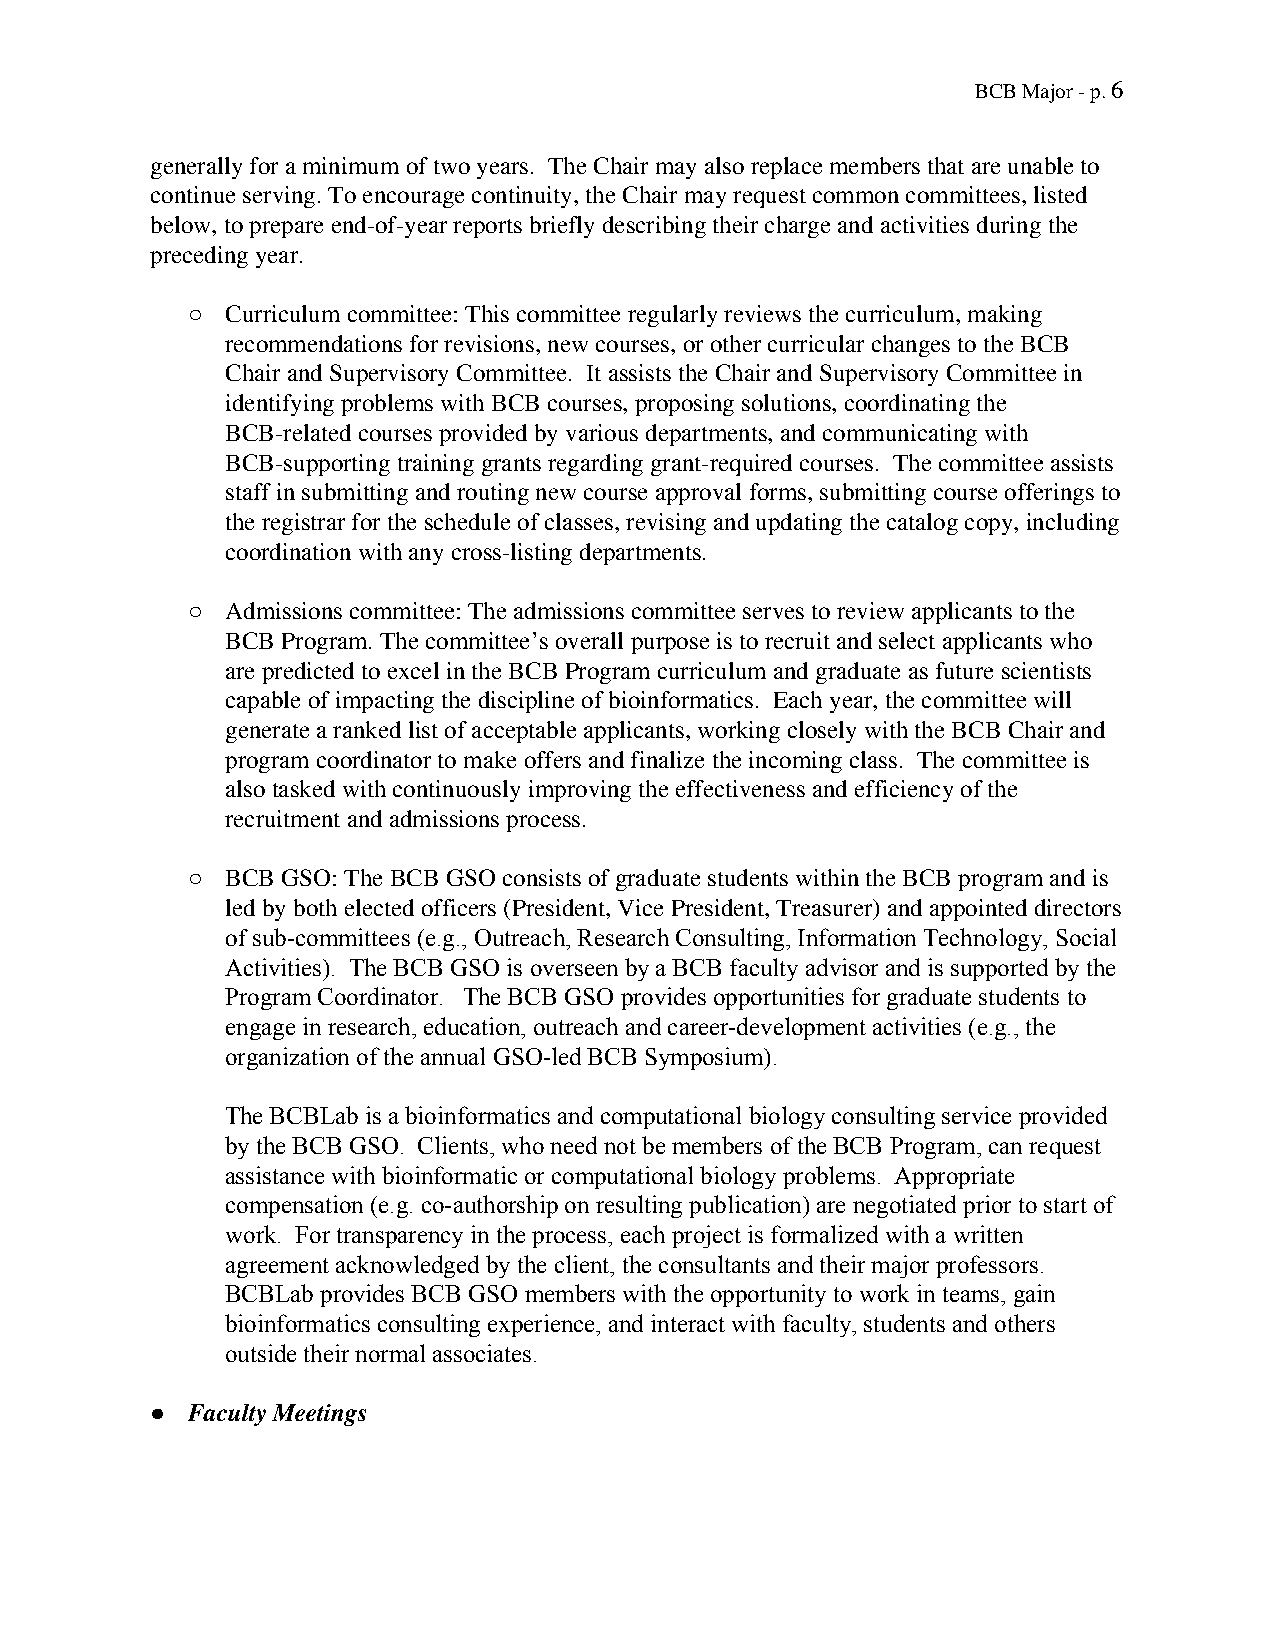
BCB Major - p. 6
 generally for a minimum of two years. The Chair may also replace members that are unable to
 continue serving. To encourage continuity, the Chair may request common committees, listed
 below, to prepare end-of-year reports briefly describing their charge and activities during the
 preceding year.
 ○  Curriculum committee: This committee regularly reviews the curriculum, making
 recommendations for revisions, new courses, or other curricular changes to the BCB
 Chair and Supervisory Committee. It assists the Chair and Supervisory Committee in
 identifying problems with BCB courses, proposing solutions, coordinating the
 BCB-related courses provided by various departments, and communicating with
 BCB-supporting training grants regarding grant-required courses. The committee assists
 staff in submitting and routing new course approval forms, submitting course offerings to
 the registrar for the schedule of classes, revising and updating the catalog copy, including
 coordination with any cross-listing departments.
 ○  Admissions committee: The admissions committee serves to review applicants to the
 BCB Program. The committee’s overall purpose is to recruit and select applicants who
 are predicted to excel in the BCB Program curriculum and graduate as future scientists
 capable of impacting the discipline of bioinformatics. Each year, the committee will
 generate a ranked list of acceptable applicants, working closely with the BCB Chair and
 program coordinator to make offers and finalize the incoming class. The committee is
 also tasked with continuously improving the effectiveness and efficiency of the
 recruitment and admissions process.
 ○  BCB GSO: The BCB GSO consists of graduate students within the BCB program and is
 led by both elected officers (President, Vice President, Treasurer) and appointed directors
 of sub-committees (e.g., Outreach, Research Consulting, Information Technology, Social
 ​
 Activities). The BCB GSO is overseen by a BCB faculty advisor and is supported by the
 Program Coordinator. The BCB GSO provides opportunities for graduate students to
 engage in research, education, outreach and career-development activities (e.g., the
 organization of the annual GSO-led BCB Symposium).
 The BCBLab is a bioinformatics and computational biology consulting service provided
 by the BCB GSO. Clients, who need not be members of the BCB Program, can request
 assistance with bioinformatic or computational biology problems. Appropriate
 compensation (e.g. co-authorship on resulting publication) are negotiated prior to start of
 work. For transparency in the process, each project is formalized with a written
 agreement acknowledged by the client, the consultants and their major professors.
 BCBLab provides BCB GSO members with the opportunity to work in teams, gain
 bioinformatics consulting experience, and interact with faculty, students and others
 outside their normal associates.
 ● Faculty Meetings